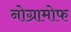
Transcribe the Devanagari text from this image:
नोग्रामोफ